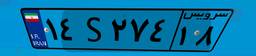
۱۴S۲۷۴۱۸